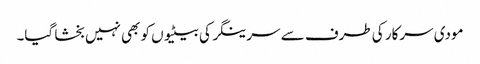
مودی سرکار کی طرف سے سرینگر کی بیٹیوں کو بھی نہیں بخشا گیا۔